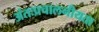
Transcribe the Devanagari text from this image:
अंतःप्रचालनीयता